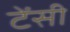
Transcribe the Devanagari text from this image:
टेंसी